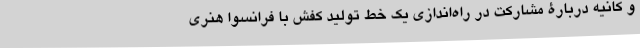
و کانیه دربارۀ مشارکت در راه‌اندازی یک خط تولید کفش با فرانسوا هنری